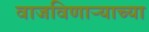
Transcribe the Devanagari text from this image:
वाजविणाऱ्याच्या